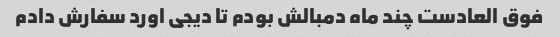
فوق العادست چند ماه دمبالش بودم تا دیجی اورد سفارش دادم